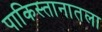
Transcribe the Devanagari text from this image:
पाकिस्तानातला